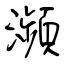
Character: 瀕